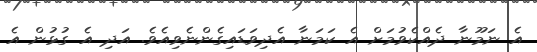
އެ ނަމޫނާ ދެއްކެވުމަށް އެ ކަމަނާ އެދިވަޑައިގެންނެވިއެވެ. އަދި އެ ގުޅުން އެ